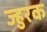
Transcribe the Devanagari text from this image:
ज्हुरक